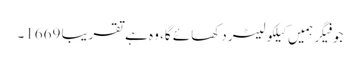
جو فیگر ہمیں کیلکولیٹر دکھائے گا، وہ ہے تقریبا 1669۔